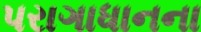
પરાગાધાનના